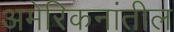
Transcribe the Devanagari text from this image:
अमेरिकनांतील